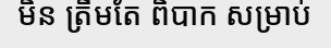
មិន ត្រឹមតែ ពិបាក សម្រាប់